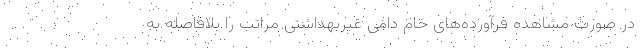
در صورت مشاهده فرآورده‌های خام دامی غیربهداشتی مراتب را بلافاصله به